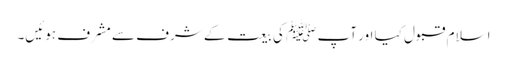
اسلام قبول کیا اور آپ ﷺ کی بیعت کے شرف سے مشرف ہوئیں۔